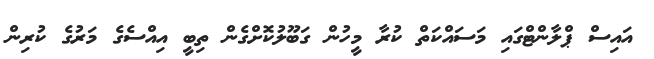
އައިސް ޕްލާންޓްގައި މަސައްކަތް ކުރާ މީހުން ގަބޫލުކޮށްގެން ތިބީ އިއްސެގެ މަރުގެ ކުރިން